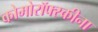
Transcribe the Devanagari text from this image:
कोमोरॉफ्स्कीना